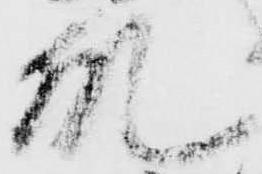
殿